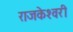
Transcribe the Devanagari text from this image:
राजकेश्‍वरी